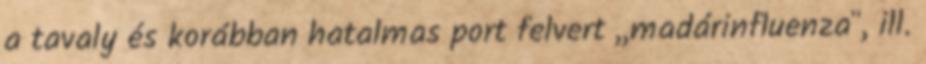
a tavaly és korábban hatalmas port felvert ,,madárinfluenza", ill.